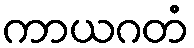
ကာယဂတံ